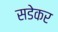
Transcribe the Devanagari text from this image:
सडेकर